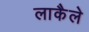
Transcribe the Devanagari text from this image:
लाकैले